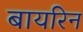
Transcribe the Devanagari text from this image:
बायरिन